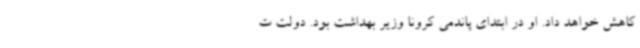
کاهش خواهد داد. او در ابتدای پاندمی کرونا وزیر بهداشت بود. دولت ت